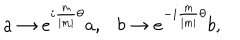
a \rightarrow e ^ { i { \frac { m } { \mid m \mid } } \theta } a , b \rightarrow e ^ { - i { \frac { m } { \mid m \mid } } \theta } b ,